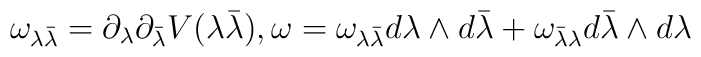
{\omega_{\lambda {\bar{\lambda}}}} = {\partial_\lambda}{\partial_{\bar{\lambda}}} V(\lambda {\bar{\lambda}}), \omega = {\omega_{\lambda {\bar{\lambda}}}} d\lambda\wedge d{\bar{\lambda}} + {\omega_{{\bar{\lambda}}{\lambda}}} d{\bar{\lambda}}\wedge d{\lambda}